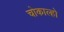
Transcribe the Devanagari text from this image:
चोकाल्हो